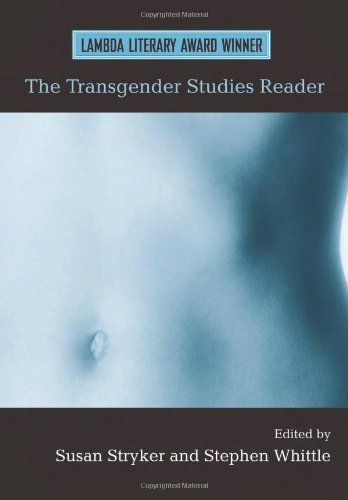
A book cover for The Transgender Studies Reader; Gay & Lesbian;